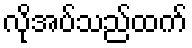
လိုအပ်သည်ထက်